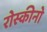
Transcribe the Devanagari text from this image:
रोस्कीनो